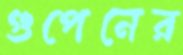
গুপেনের